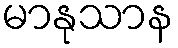
မာနုသာန